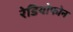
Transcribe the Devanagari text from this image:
रेडियोफोन